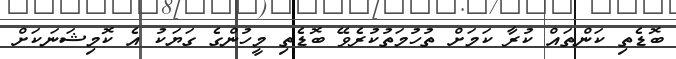
ބޮޑެތި ކަންތައް ކުރާ ކަމަށް ތުހުމަތުކުރެވޭ ބޮޑެތި މީހުންގެ ގަޔަކު އެ ކޮމިޝަނަކަށް